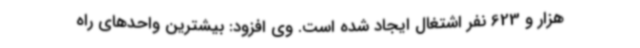
هزار و 623 نفر اشتغال ایجاد شده است. وی افزود: بیشترین واحدهای راه